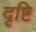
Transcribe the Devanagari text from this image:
दृष्टि